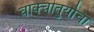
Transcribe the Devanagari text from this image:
वाक्चातुर्याचा